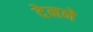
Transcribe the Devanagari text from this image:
देनने